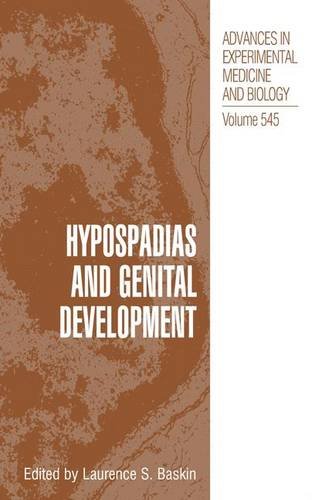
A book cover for Hypospadias and Genital Development (Advances in Experimental Medicine and Biology); Medical Books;